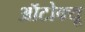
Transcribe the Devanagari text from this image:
ऑटोक्यू